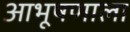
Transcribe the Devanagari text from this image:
आभूषणाला